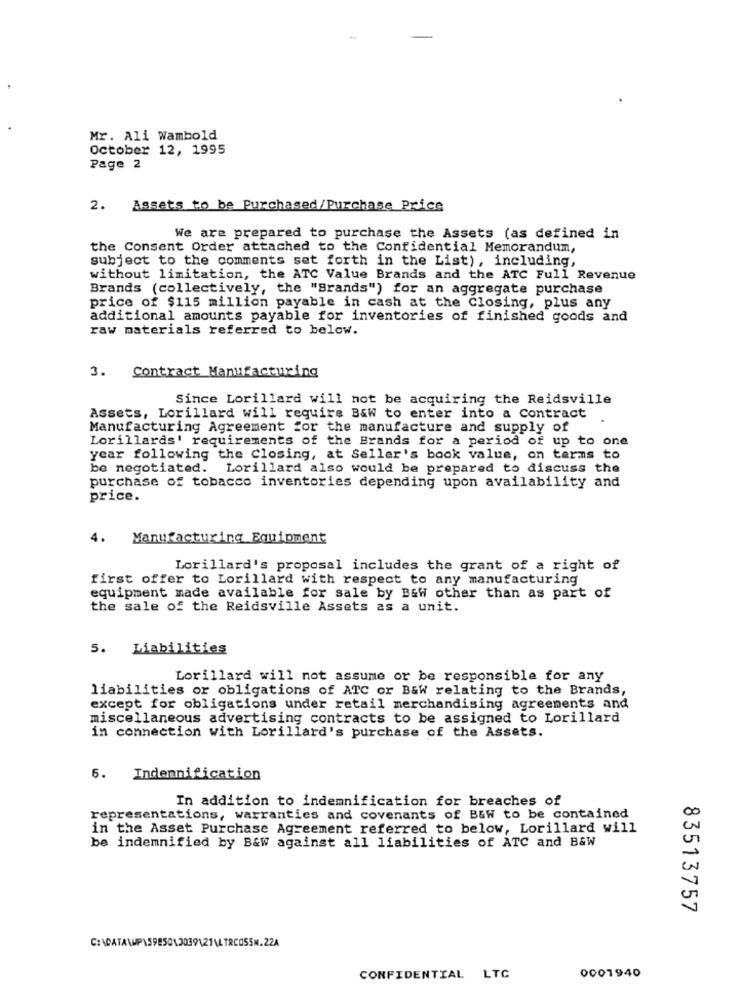
Mr. Ali Wambold
October 12, 1995
Page 2
2.
Assets to be Purchased/Purchase Price
We are prepared to purchase the Assets (as defined in
the Consent Order attached to the Confidential Memorandum,
subject to the comments set forth in the List), including,
without limitation, the ATC Value Brands and the ATC Full Revenue
Brands (collectively, the "Brands") for an aggregate purchase
price of $115 million payable in cash at the Closing, plus any
additional amounts payable for inventories of finished goods and
raw materials referred to below.
3. Contract Manufacturing
Since Lorillard will not be acquiring the Reidsville
Assets, Lorillard will require B&W to enter into a Contract
Manufacturing Agreement for the manufacture and supply of
Lorillards' requirements of the Brands for a period of up to one
year following the Closing, at Seller's book value, on terms to
be negotiated. Lorillard also would be prepared to discuss the
purchase of tobacco inventories depending upon availability and
price.
4.
Manufacturing Equipment
Lorillard's proposal includes the grant of a right of
first offer to Lorillard with respect to any manufacturing
equipment made available for sale by Bawi other than as part of
the sale of the Reidsville Assets as a unit.
5. Liabilities
Lorillard will not assume or be responsible for any
liabilities or obligations of ATC or B&W relating to the Brands,
except for obligations under retail merchandising agreements and
miscellaneous advertising contracts to be assigned to Lorillard
in connection with Lorillard's purchase of the Assets.
6. Indennification
In addition to indemnification for breaches of
representations, warranties and covenants of B&W to be contained
in the Asset Purchase Agreement referred to below, Lorillard will
be indemnified by B&W against all liabilities of ATC and B&W
83513757
C: \DATA\WP15995013039121 \ TRC055M.22A
CONFIDENTIAL LTC
0001940